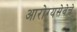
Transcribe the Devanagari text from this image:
आरोग्यसेवेचे